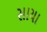
સાયા